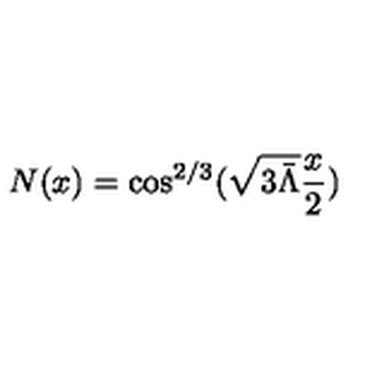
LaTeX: N ( x ) = \cos ^ { 2 / 3 } ( \sqrt { 3 \bar { \Lambda } } \frac x 2 )